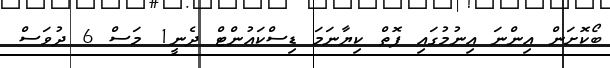
ބޯކޮށަން އިންނަ އިނުމުގައި ފޮތް ކިޔާނަމަ ޑިސްކައުންޓް ދެނީ1 މަސް 6 ދުވަސް